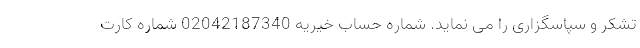
تشکر و سپاسگزاری را می نماید. شماره حساب خیریه 02042187340 شماره کارت